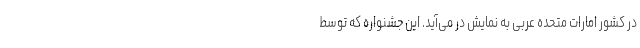
در کشور امارات متحده عربی به نمایش در می‌آید. این جشنواره که توسط